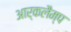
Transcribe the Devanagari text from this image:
आर्कलैम्प